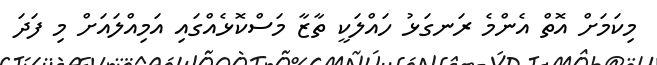
މިކަމަށް އޮތް އެންމެ ރަނގަޅު ހައްލަކީ ތާޒާ މަސްކޮޅެއްގައި އަމިއްލައަށް މި ފަދަ